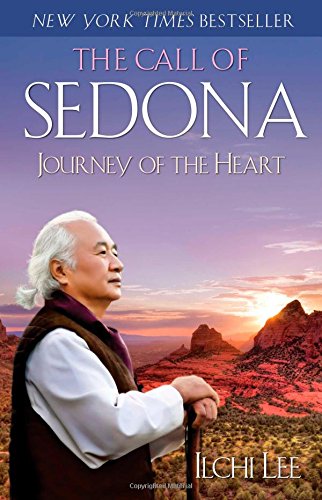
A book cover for The Call of Sedona: Journey of the Heart; Ilchi Lee; Religion & Spirituality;